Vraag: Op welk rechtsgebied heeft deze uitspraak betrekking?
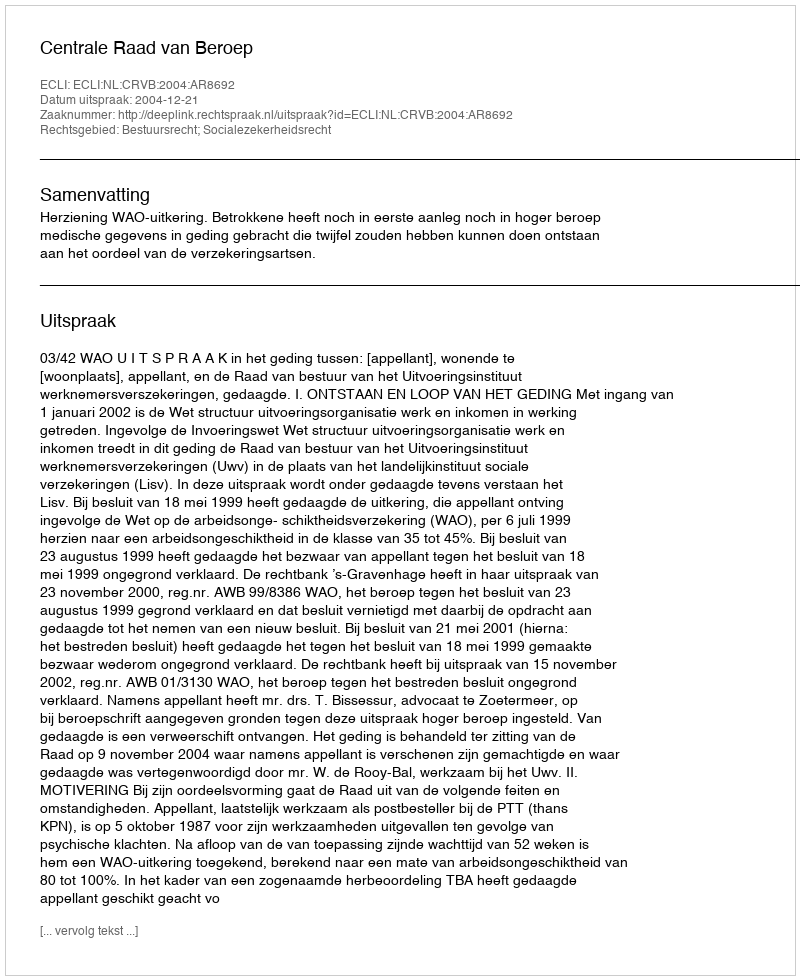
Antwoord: Bestuursrecht; Socialezekerheidsrecht